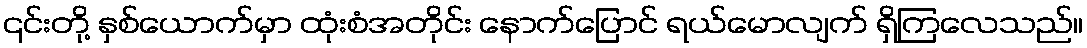
၎င်းတို့ နှစ်ယောက်မှာ ထုံးစံအတိုင်း နောက်ပြောင် ရယ်မောလျက် ရှိကြလေသည်။